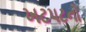
ખટપટનો